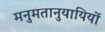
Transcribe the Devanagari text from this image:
मनुमतानुयायियों